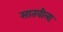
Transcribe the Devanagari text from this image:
सातवीला